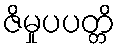
ဇိမှုပပတ္တိ